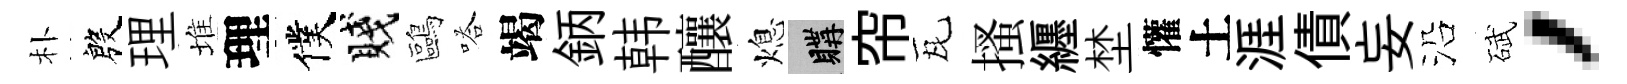
朴殷理堆理僕賤鷗嗒竭鈵韩釀熄購帘瓦搔纒埜懽土涯債妄沿碔，